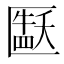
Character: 𫧘